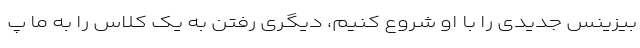
بیزینس جدیدی را با او شروع کنیم، دیگری رفتن به یک کلاس را به ما پ